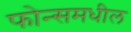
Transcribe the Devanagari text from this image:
फोन्समधील